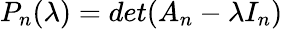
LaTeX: P_{n}(\lambda)=det(A_{n}-\lambda I_{n})